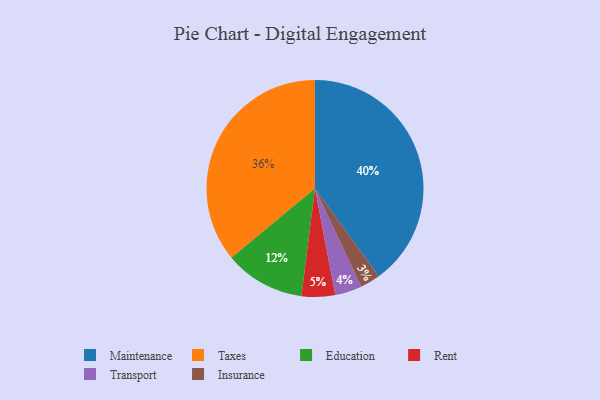
{"axis": {"x": "Category", "y": "Percentage"}, "legend": ["Education", "Insurance", "Maintenance", "Rent", "Taxes", "Transport"], "data": [{"x": "Transport", "y": 4, "type": "Transport"}, {"x": "Insurance", "y": 3, "type": "Insurance"}, {"x": "Rent", "y": 5, "type": "Rent"}, {"x": "Education", "y": 12, "type": "Education"}, {"x": "Taxes", "y": 36, "type": "Taxes"}, {"x": "Maintenance", "y": 40, "type": "Maintenance"}]}